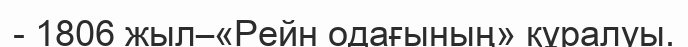
- 1806 жыл–«Рейн одағының» құралуы.